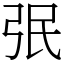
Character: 㢯